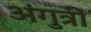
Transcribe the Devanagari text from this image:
अंगुत्री